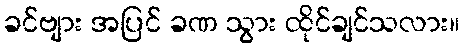
ခင်ဗျား အပြင် ခဏ သွား ထိုင်ချင်သလား။